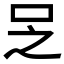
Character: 𠯣